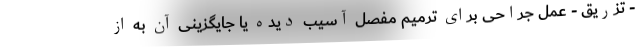
- تزریق - عمل جراحی برای ترمیم مفصل آسیب دیده یا جایگزینی آن به از